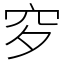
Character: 穸